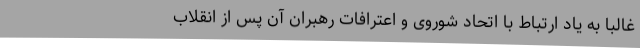
غالبا به یاد ارتباط با اتحاد شوروی و اعترافات رهبران آن پس از انقلاب